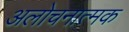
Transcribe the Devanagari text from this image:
अलोचनात्मक